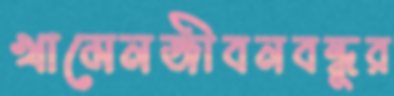
খামেনজীবনবন্ধুর